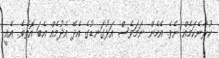
ކުރާނެކަމެއް ނެވެ. އެހެން ނަމަވެސް އަޅުގަނޑުގެ އެދޭ އެދުމެއް އެބަ އޮތެވެ. އެއީ